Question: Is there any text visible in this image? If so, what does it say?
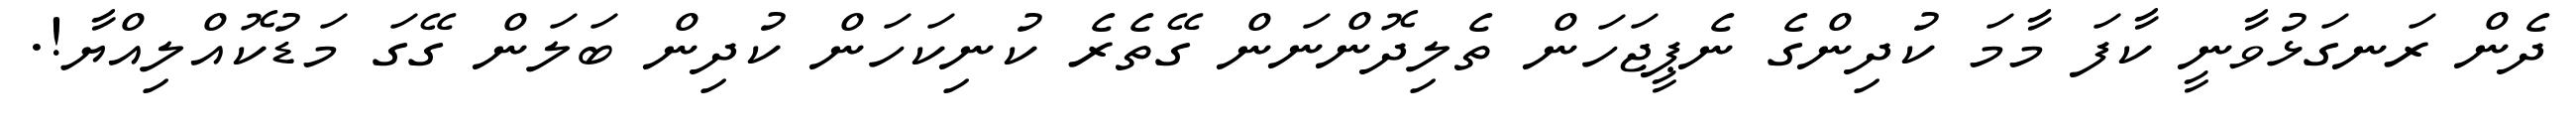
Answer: ދެން ރަނގަޅުވާނީ ކާފަ މާމަ ކުދިންގެ ނެޕީޖަހަން ތެލިދޮންނަން ގޭތެރެ ކުނިކަހަން ކުދިން ބަލަން ގޭގަ މަޑުކޮއްލިއްޔާ!.